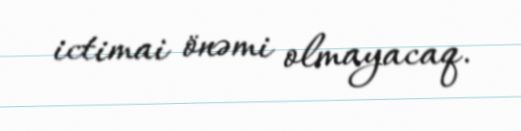
ictimai önəmi olmayacaq.